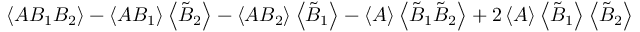
\left\langle A B _ { 1 } B _ { 2 } \right\rangle - \left\langle A B _ { 1 } \right\rangle \left\langle \tilde { B } _ { 2 } \right\rangle - \left\langle A B _ { 2 } \right\rangle \left\langle \tilde { B } _ { 1 } \right\rangle - \left\langle A \right\rangle \left\langle \tilde { B } _ { 1 } \tilde { B } _ { 2 } \right\rangle + 2 \left\langle A \right\rangle \left\langle \tilde { B } _ { 1 } \right\rangle \left\langle \tilde { B } _ { 2 } \right\rangle